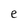
Character: e